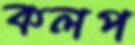
কলপ